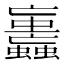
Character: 𧕕